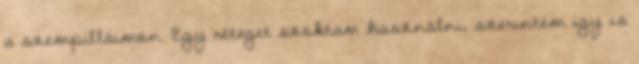
a szempilláimon. Egy réteget szoktam használni, szerintem így is